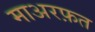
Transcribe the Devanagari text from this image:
माअरफ़त